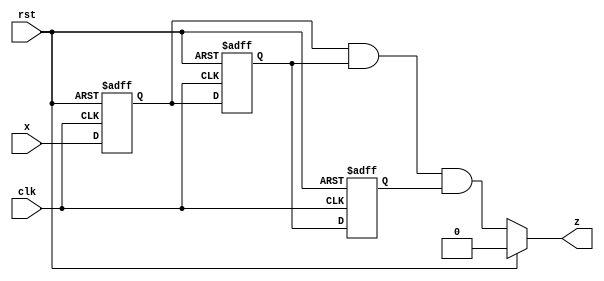
`timescale 1ns / 1ps
//////////////////////////////////////////////////////////////////////////////////
// Company: 
// Engineer: 
// 
// Design Name: 
// Module Name: debouncer
// Project Name: 
// Target Devices: 
// Tool Versions: 
// Description: 
// 
// Dependencies: 
// 
// Revision:
// Revision 0.01 - File Created
// Additional Comments:
// 
//////////////////////////////////////////////////////////////////////////////////


module debouncer(clk,rst,x,z);
input x;
input clk;
input rst;
output z;

reg q1,q2,q3;
initial begin q1 = 0; q2 = 0; q3 = 0; end
always @(posedge clk, posedge rst)begin
    if(rst==1'b1)begin
        q1<=0;
        q2<=0;
        q3<=0;
    end
    else begin 
        q1<=x;
        q2<=q1;
        q3<=q2;
    end
end
assign z= rst? 0 : q1&q2&q3;
endmodule